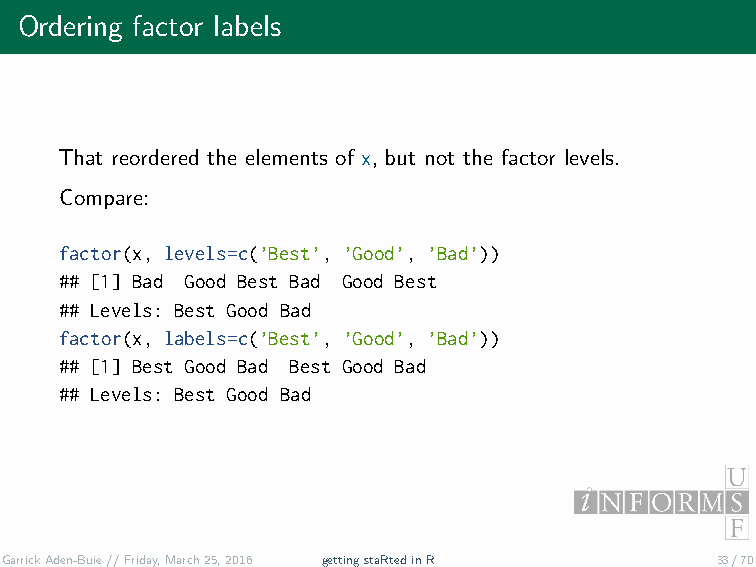
Ordering factor labels
 That reordered the elements of x, but not the factor levels.
 Compare:
 factor(x, levels=c(’Best’, ’Good’, ’Bad’))
 ## [1] Bad Good Best Bad Good Best
 ## Levels: Best Good Bad
 factor(x, labels=c(’Best’, ’Good’, ’Bad’))
 ## [1] Best Good Bad Best Good Bad
 ## Levels: Best Good Bad
 GarrickAden-Buie//Friday,March25,2016 gettingstaRtedinR 33/70